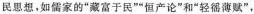
民思想，如儒家的“藏富于民”“恒产论”和“轻徭薄赋”，